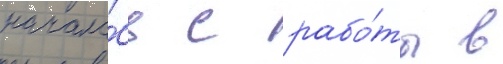
начала́сь с рабо́ты в